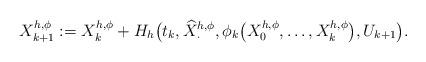
LaTeX: \begin{align*} X^{h,\phi}_{k+1}:= X^{h,\phi}_k+ H_h \bigl( t_k, \widehat {X}{}^{h,\phi}_{\cdot},\phi_k\bigl(X^{h,\phi}_0, \ldots,X^{h,\phi}_k\bigr), U_{k+1} \bigr).\end{align*}